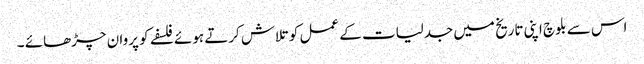
اس سے بلوچ اپنی تاریخ میں جدلیات کے عمل کو تلاش کرتے ہوئے فلسفے کو پروان چڑھائے ۔